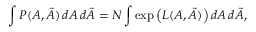
\int P ( A , { \tilde { A } } ) \, d A \, d { \tilde { A } } = N \int \exp \left( L ( A , { \tilde { A } } ) \right) d A \, d { \tilde { A } } ,